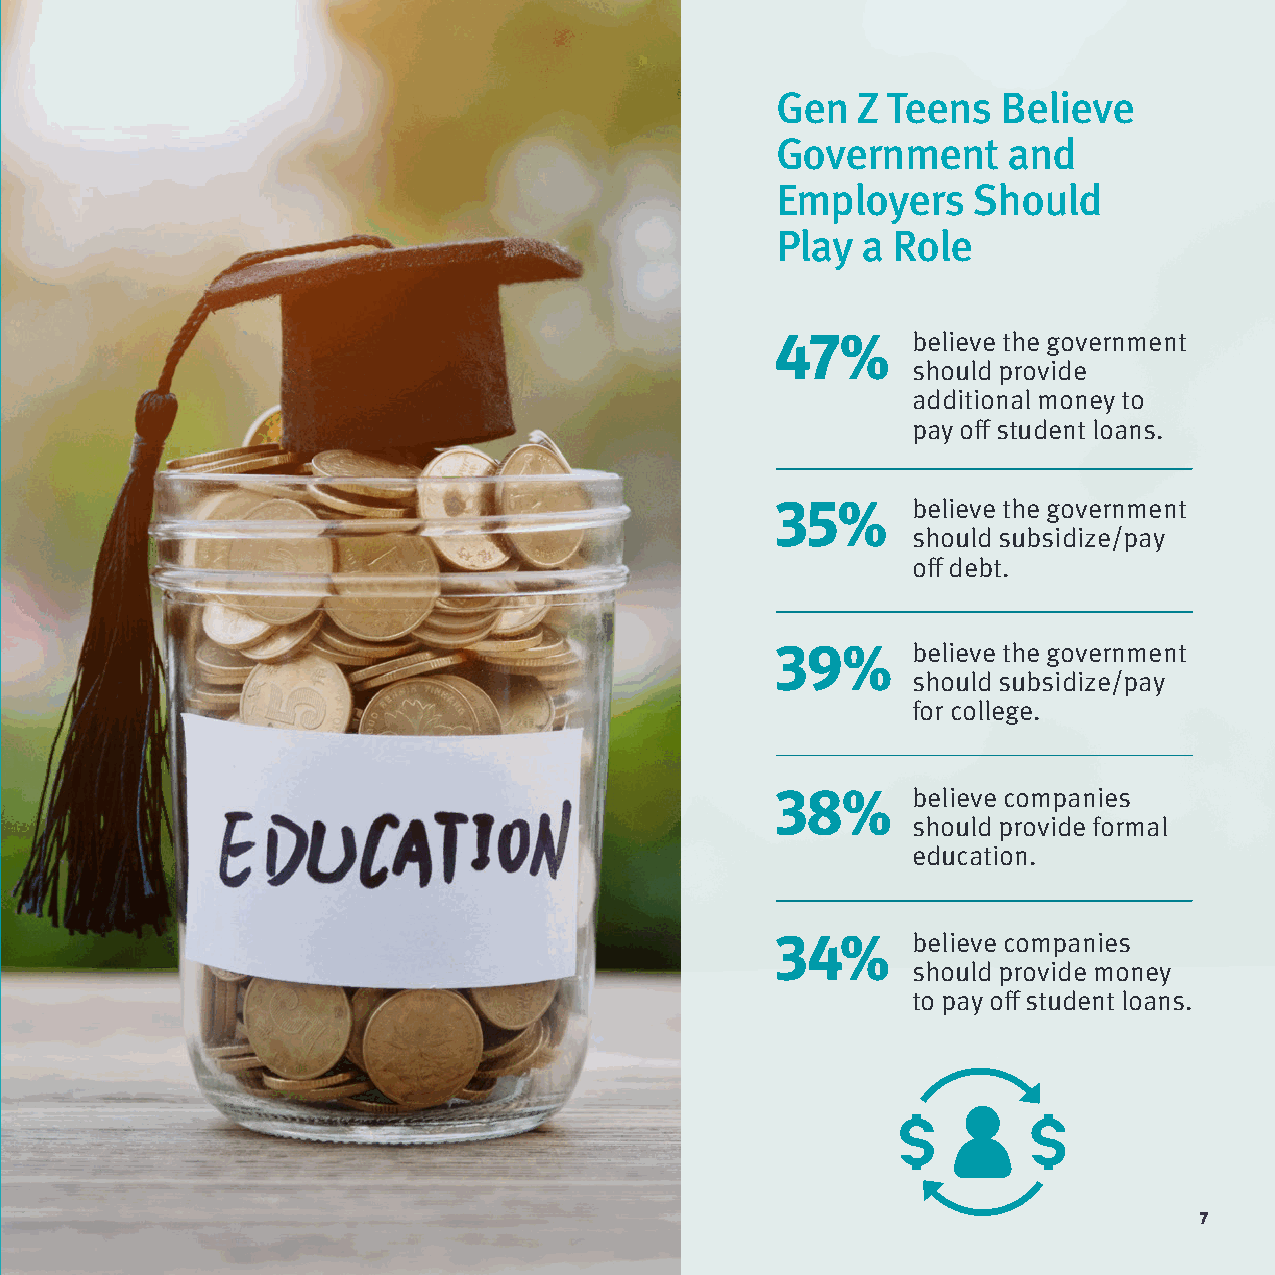
Gen   Z Teens  Believe
 Government      and
 Employers    Should
 Play  a Role
 47%      believe the government
 should provide
 additional money to
 pay off student loans.
 35%      believe the government
 should subsidize/pay
 off debt.
 39%      believe the government
 should subsidize/pay
 for college.
 38%      believe companies
 should provide formal
 education.
 34%      believe companies
 should provide money
 to pay off student loans.
 7